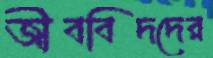
জীববিদদের